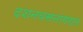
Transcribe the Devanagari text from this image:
दशनवसनांगरात